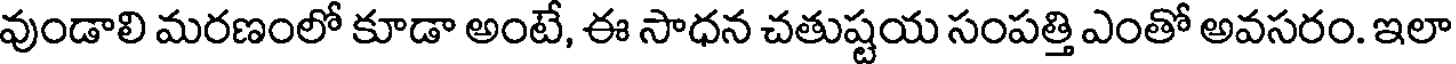
వుండాలి మరణంలో కూడా అంటే, ఈ సాధన చతుష్టయ సంపత్తి ఎంతో అవసరం. ఇలా